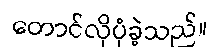
တောင်လိုပုံခဲ့သည်။